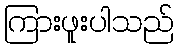
ကြားဖူးပါသည်